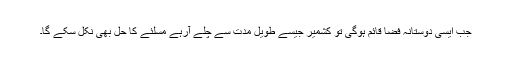
جب ایسی دوستانہ فضا قائم ہوگی تو کشمیر جیسے طویل مدت سے چلے آرہے مسلئے کا حل بھی نکل سکے گا۔